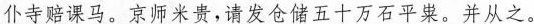
仆寺赔课马。京师米贵，请发仓储五十万石平米，并从之。